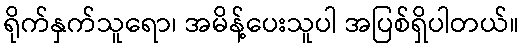
ရိုက်နှက်သူရော၊ အမိန့်ပေးသူပါ အပြစ်ရှိပါတယ်။